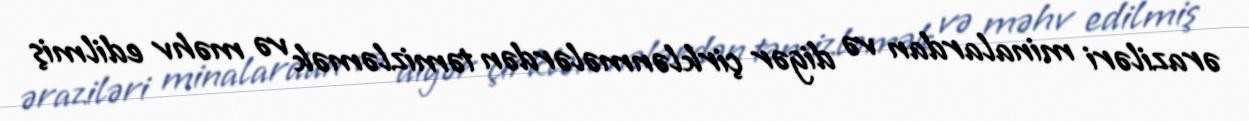
əraziləri minalardan və digər çirklənmələrdən təmizləmək və məhv edilmiş